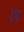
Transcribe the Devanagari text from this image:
द्रत्त